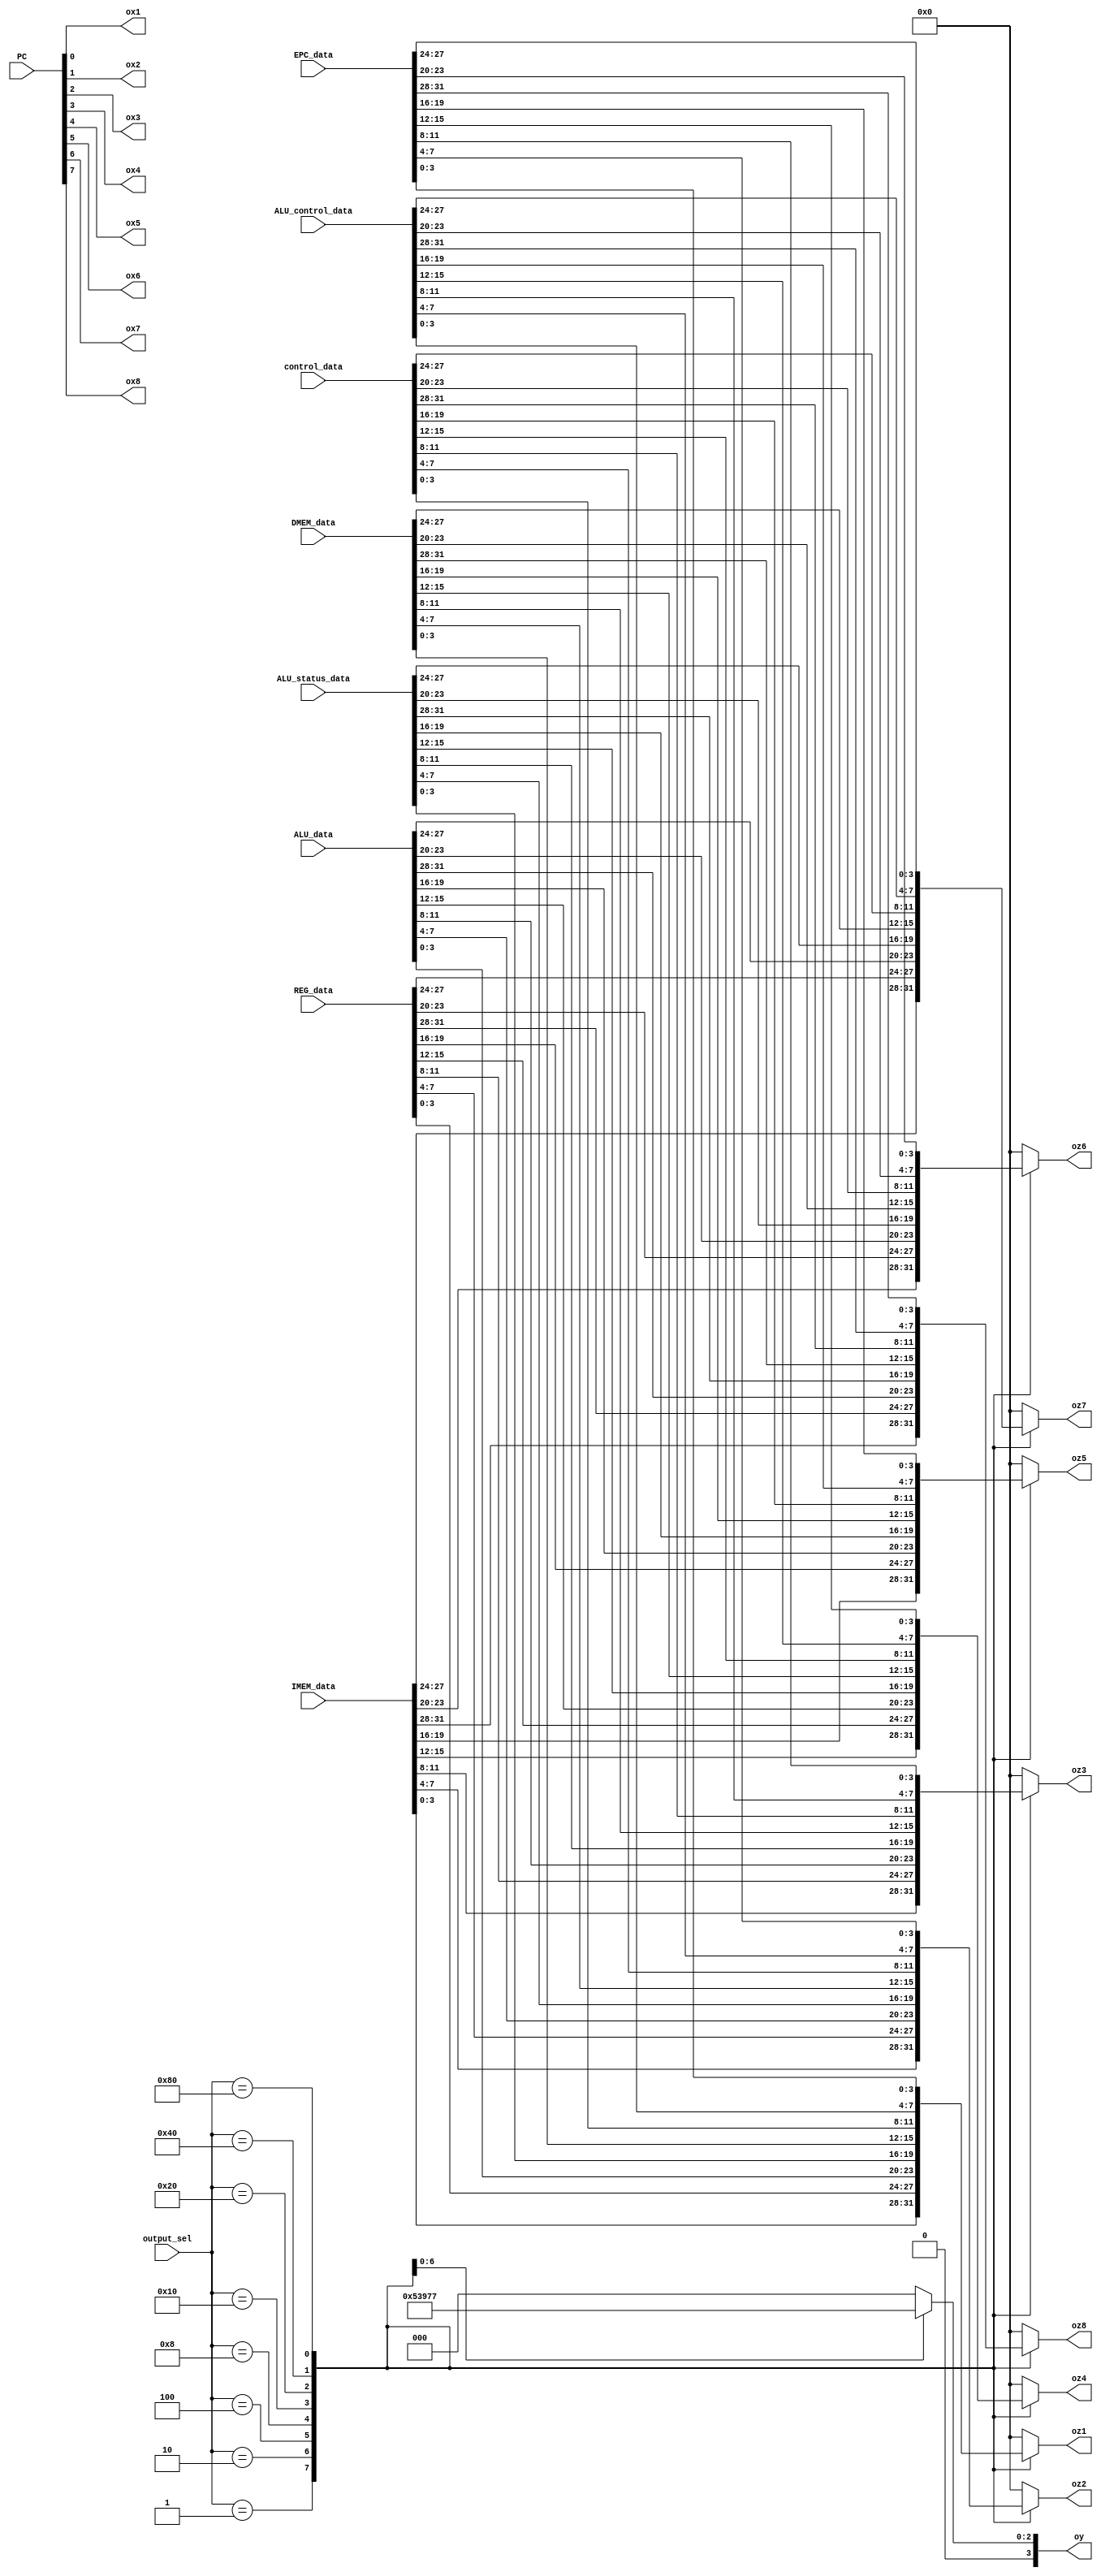
module LCD_Selector
	(
		PC,IMEM_data, REG_data, ALU_data, ALU_status_data, DMEM_data, control_data, ALU_control_data, EPC_data, output_sel,
		ox1, ox2, ox3, ox4, ox5, ox6, ox7, ox8, oy, oz1, oz2, oz3, oz4, oz5, oz6, oz7, oz8
	);
	
	input [31:0] IMEM_data, REG_data, ALU_data, ALU_status_data, DMEM_data, control_data, ALU_control_data, EPC_data;
	input [7:0] PC;
	input [7:0] output_sel;
	output reg [3:0]  oy, oz1, oz2, oz3, oz4, oz5, oz6, oz7, oz8;
	output ox1, ox2, ox3, ox4, ox5, ox6, ox7, ox8;
	
	always @(output_sel) begin 
		case (output_sel)
			8'b0000_0001:
				begin
					oy = 4'd0;
					oz1 = IMEM_data[3:0];
					oz2 = IMEM_data[7:4];
					oz3 = IMEM_data[11:8];
					oz4 = IMEM_data[15:12];
					oz5 = IMEM_data[19:16];
					oz6 = IMEM_data[23:20];
					oz7 = IMEM_data[27:24];
					oz8 = IMEM_data[31:28];
				end
			8'b0000_0010:
				begin
					oy = 4'd1;
					oz1 = REG_data[3:0];
					oz2 = REG_data[7:4];
					oz3 = REG_data[11:8];
					oz4 = REG_data[15:12];
					oz5 = REG_data[19:16];
					oz6 = REG_data[23:20];
					oz7 = REG_data[27:24];
					oz8 = REG_data[31:28];
				end
			8'b0000_0100:
				begin
					oy = 4'd2;
					oz1 = ALU_data[3:0];
					oz2 = ALU_data[7:4];
					oz3 = ALU_data[11:8];
					oz4 = ALU_data[15:12];
					oz5 = ALU_data[19:16];
					oz6 = ALU_data[23:20];
					oz7 = ALU_data[27:24];
					oz8 = ALU_data[31:28];
				end
			8'b0000_1000:
				begin
					oy = 4'd3;
					oz1 = ALU_status_data[3:0];
					oz2 = ALU_status_data[7:4];
					oz3 = ALU_status_data[11:8];
					oz4 = ALU_status_data[15:12];
					oz5 = ALU_status_data[19:16];
					oz6 = ALU_status_data[23:20];
					oz7 = ALU_status_data[27:24];
					oz8 = ALU_status_data[31:28];
				end
			8'b0001_0000:
				begin
					oy = 4'd4;
					oz1 = DMEM_data[3:0];
					oz2 = DMEM_data[7:4];
					oz3 = DMEM_data[11:8];
					oz4 = DMEM_data[15:12];
					oz5 = DMEM_data[19:16];
					oz6 = DMEM_data[23:20];
					oz7 = DMEM_data[27:24];
					oz8 = DMEM_data[31:28];
				end
			8'b0010_0000:
				begin
					oy = 4'd5;
					oz1 = control_data[3:0];
					oz2 = control_data[7:4];
					oz3 = control_data[11:8];
					oz4 = control_data[15:12];
					oz5 = control_data[19:16];
					oz6 = control_data[23:20];
					oz7 =	control_data[27:24];
					oz8 = control_data[31:28];
				end
			8'b0100_0000:
				begin
					oy = 4'd6;
					oz1 = ALU_control_data[3:0];
					oz2 = ALU_control_data[7:4];
					oz3 = ALU_control_data[11:8];
					oz4 = ALU_control_data[15:12];
					oz5 = ALU_control_data[19:16];
					oz6 = ALU_control_data[23:20];
					oz7 = ALU_control_data[27:24];
					oz8 = ALU_control_data[31:28];
				end
			8'b1000_0000:
				begin
					oy = 4'd7;
					oz1 = EPC_data[3:0];
					oz2 = EPC_data[7:4];
					oz3 = EPC_data[11:8];
					oz4 = EPC_data[15:12];
					oz5 = EPC_data[19:16];
					oz6 = EPC_data[23:20];
					oz7 = EPC_data[27:24];
					oz8 = EPC_data[31:28];
				end		
		default:
			begin
					oy = 4'd0;
					oz1 = 4'd0;
					oz2 = 4'd0;
					oz3 = 4'd0;
					oz4 = 4'd0;
					oz5 = 4'd0;
					oz6 = 4'd0;
					oz7 = 4'd0;
					oz8 = 4'd0;
				end
		endcase
	end
	
	assign ox1 = PC[0];
	assign ox2 = PC[1];
	assign ox3 = PC[2];
	assign ox4 = PC[3];
	assign ox5 = PC[4];
	assign ox6 = PC[5];
	assign ox7 = PC[6];
	assign ox8 = PC[7];
	
endmodule